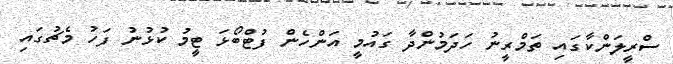
ސްރީލަންކާގައި ތަމްރީނު ހަދަމުންދާ ގައުމީ އަންހެން ފުޓްބޯޅަ ޓީމު ކުޅުނު ފަހު މެޗުގައި